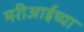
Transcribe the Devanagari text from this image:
मरीआईच्या